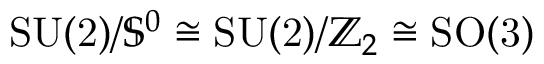
\mathrm { S U ( 2 ) } / { \mathbb S } ^ { 0 } \cong \mathrm { S U ( 2 ) } / { \mathbb Z } _ { 2 } \cong \mathrm { S O ( 3 ) }